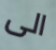
الى